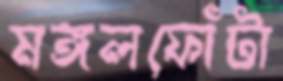
মঙ্গলফোঁটা